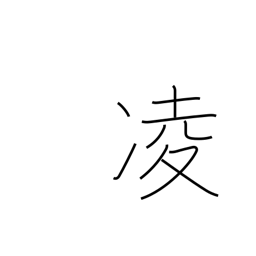
Meaning: stave off